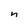
Character: n